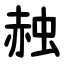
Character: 赨